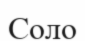
Соло